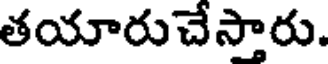
తయారుచేస్తారు.